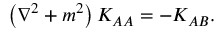
\left( \nabla ^ { 2 } + m ^ { 2 } \right) K _ { A A } = - K _ { A B } .